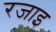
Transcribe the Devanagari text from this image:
रजाइ